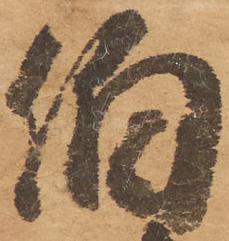
伯